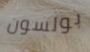
بولسون